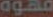
مهوه